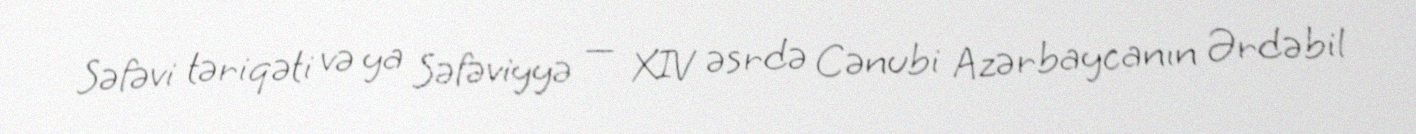
Səfəvi təriqəti və ya Səfəviyyə — XIV əsrdə Cənubi Azərbaycanın Ərdəbil